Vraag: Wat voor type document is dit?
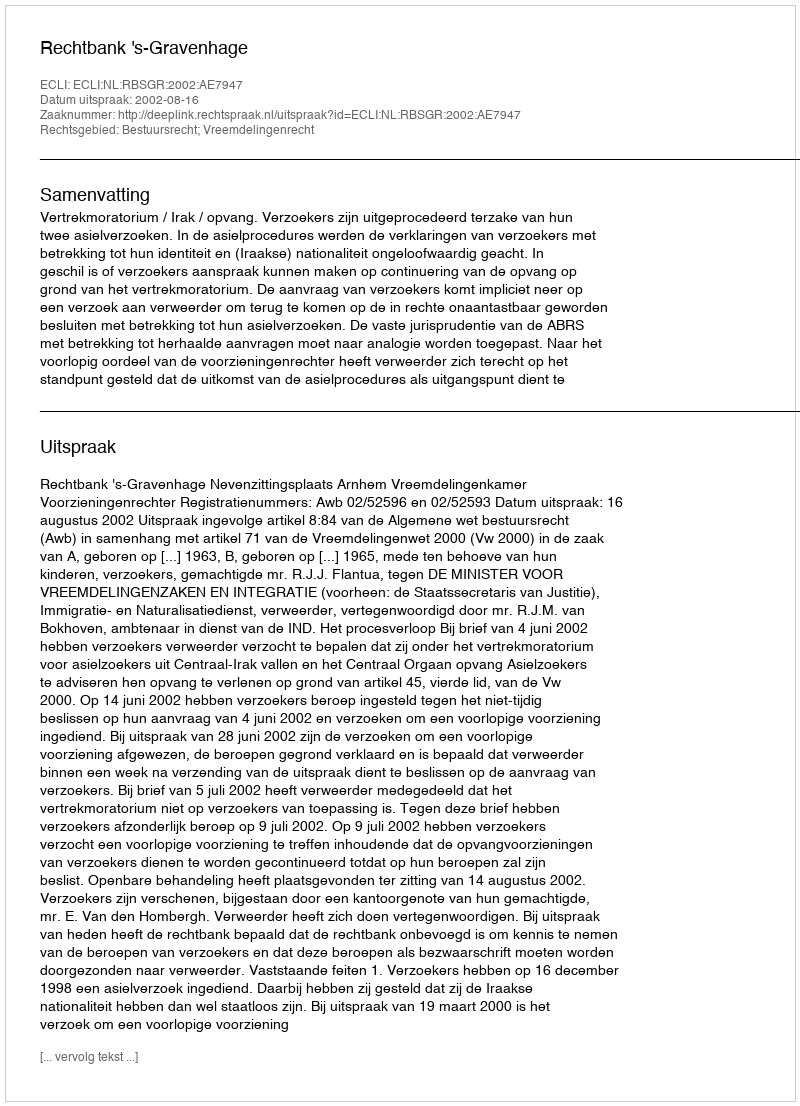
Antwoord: Uitspraak